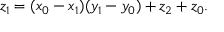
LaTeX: z _ { 1 } = ( x _ { 0 } - x _ { 1 } ) ( y _ { 1 } - y _ { 0 } ) + z _ { 2 } + z _ { 0 } .